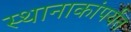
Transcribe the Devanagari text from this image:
स्थानाकांपर्यंत